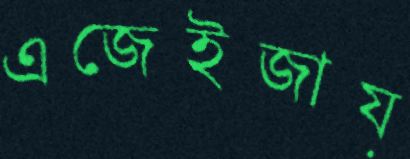
এজেইজায়